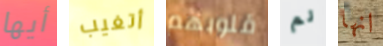
أيها أتغيب قلوبهم لم انها